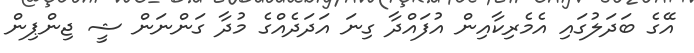
އޭގެ ބަދަލުގައި އެމެރިކާއިން އުފައްދާ ގިނަ އަދަދެއްގެ މުދާ ގަންނަން ޝީ ޖިންޕިން